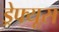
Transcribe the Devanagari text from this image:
ड्रेफ्यूस